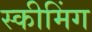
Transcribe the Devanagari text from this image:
स्कीमिंग